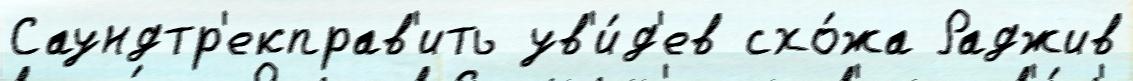
Саундтр'екправ'ить ув'и́д'ев схо́жа Раджив